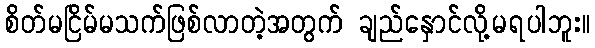
စိတ်မငြိမ်မသက်ဖြစ်လာတဲ့အတွက် ချည်နှောင်လို့မရပါဘူး။